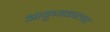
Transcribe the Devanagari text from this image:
आयुष्यकालात